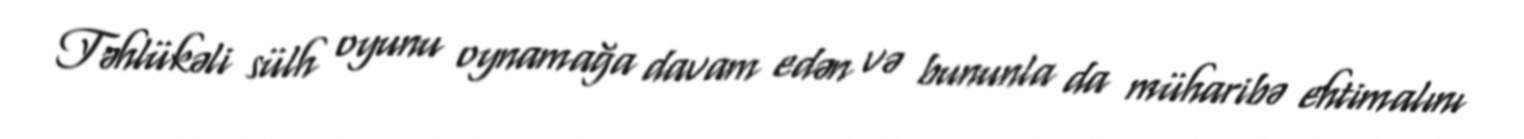
Təhlükəli sülh oyunu oynamağa davam edən və bununla da müharibə ehtimalını